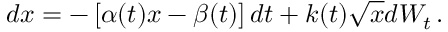
d x = - \left[ \alpha ( t ) x - \beta ( t ) \right] d t + k ( t ) \sqrt { x } d W _ { t } \, .